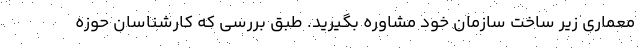
معماری زیر ساخت سازمان خود مشاوره بگیرید. طبق بررسی که کارشناسان حوزه